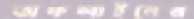
অফলাইনের